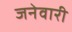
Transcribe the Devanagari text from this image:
जनेवारी